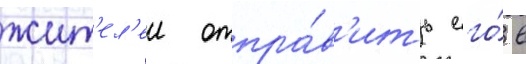
жит'ел'еи отпра́в'ить его́ в